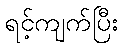
ရင့်ကျက်ပြီး